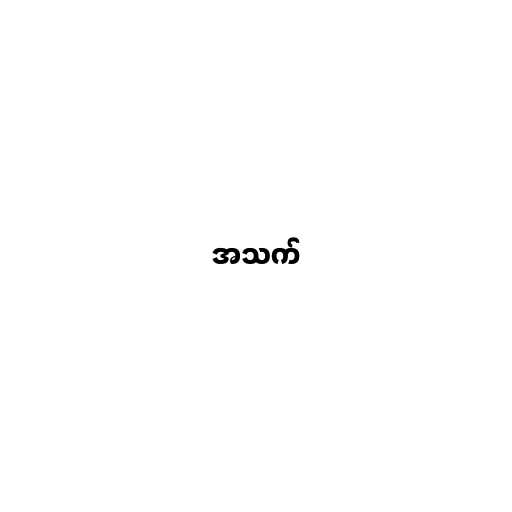
အသက်